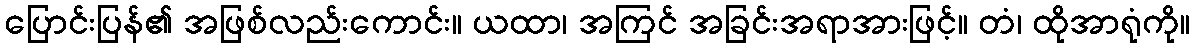
ပြောင်းပြန်၏ အဖြစ်လည်းကောင်း။ ယထာ၊ အကြင် အခြင်းအရာအားဖြင့်။ တံ၊ ထိုအာရုံကို။